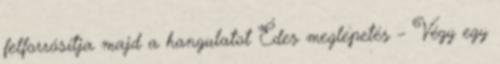
felforrósítja majd a hangulatot Édes meglepetés – Végy egy